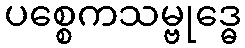
ပစ္စေကသမ္ဗုဒ္ဓေ